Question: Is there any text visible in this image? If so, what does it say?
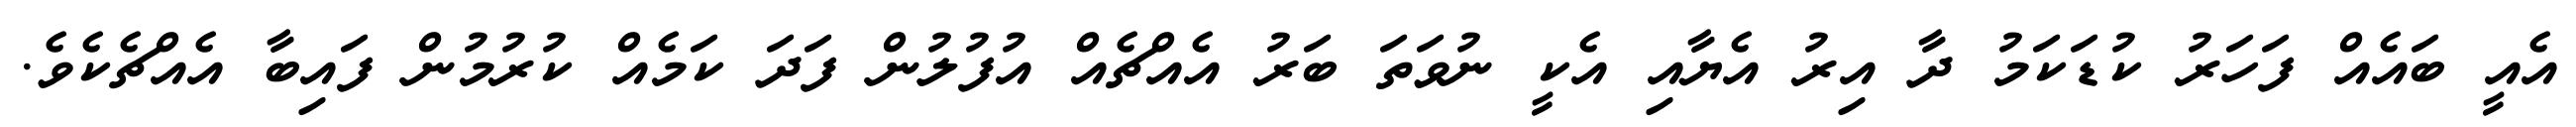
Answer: އެއީ ބައެއް ފަހަރު ކުޑަކަމު ދާ އިރު އެޔާއި އެކީ ނުވަތަ ބަރު އެއްޗެއް އުފުލުން ފަދަ ކަމެއް ކުރުމުން ފައިބާ އެއްޗެކެވެ.